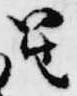
笙